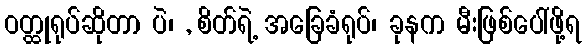
ဝတ္ထုရုပ်ဆိုတာ ပဲ၊ , စိတ်ရဲ့ အခြေခံရုပ်၊ ခုနက မီးဖြစ်ပေါ်ဖို့ရ